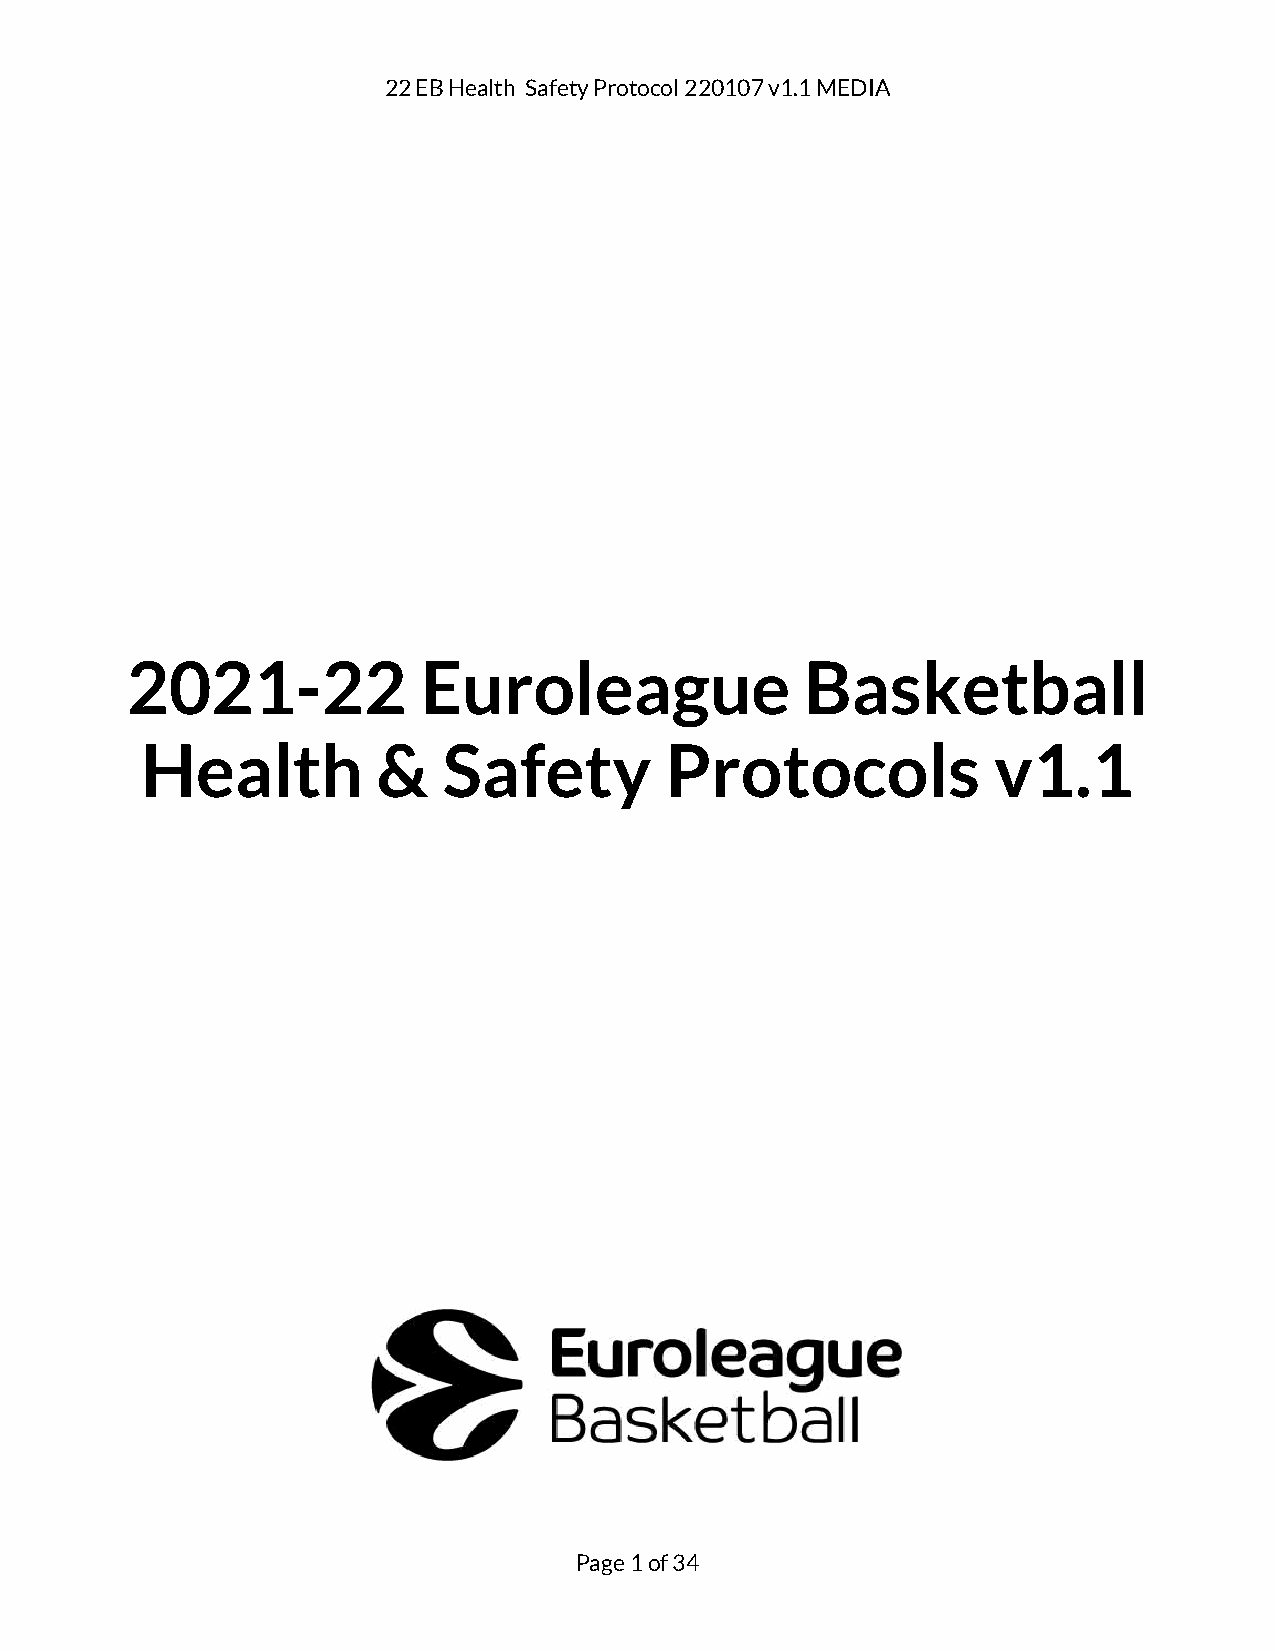
22 EB Health Safety Protocol 220107 v1.1 MEDIA
 2021-22             Euroleague               Basketball
 Health          &   Safety         Protocols             v1.1
 Page 1 of 34